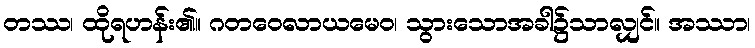
တဿ၊ ထိုရဟန်း၏။ ဂတဝေလာယမေဝ၊ သွားသောအခါ၌သာလျှင်။ အဿာ၊